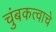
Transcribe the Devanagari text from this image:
चुंबकत्वाचे